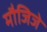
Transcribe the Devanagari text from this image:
मौजिजे